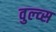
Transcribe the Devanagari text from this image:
वुल्व्स